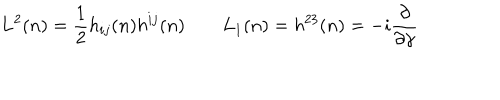
{ \bf L } ^ { 2 } ( n ) = { \frac { 1 } { 2 } } h _ { i j } ( n ) h ^ { i j } ( n ) \qquad L _ { 1 } ( n ) = h ^ { 2 3 } ( n ) = - i { \frac { \partial } { \partial \gamma } }